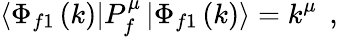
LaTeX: \left\langle\Phi_{f1}\left(k\right)\right|P_{f}^{\mu}\left|\Phi_{f1}\left(k\right)\right\rangle=k^{\mu}\; \, ,